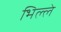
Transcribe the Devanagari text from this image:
भिल्ले